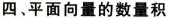
四、平面向量的数量积